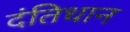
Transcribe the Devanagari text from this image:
दंतिधान